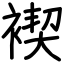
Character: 褉